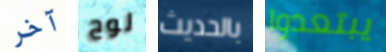
آخر لوح بالحديث يبتعدوا